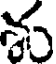
శ